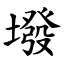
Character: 墢